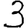
Digit: 3